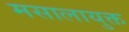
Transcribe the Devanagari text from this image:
मसालायुक्त